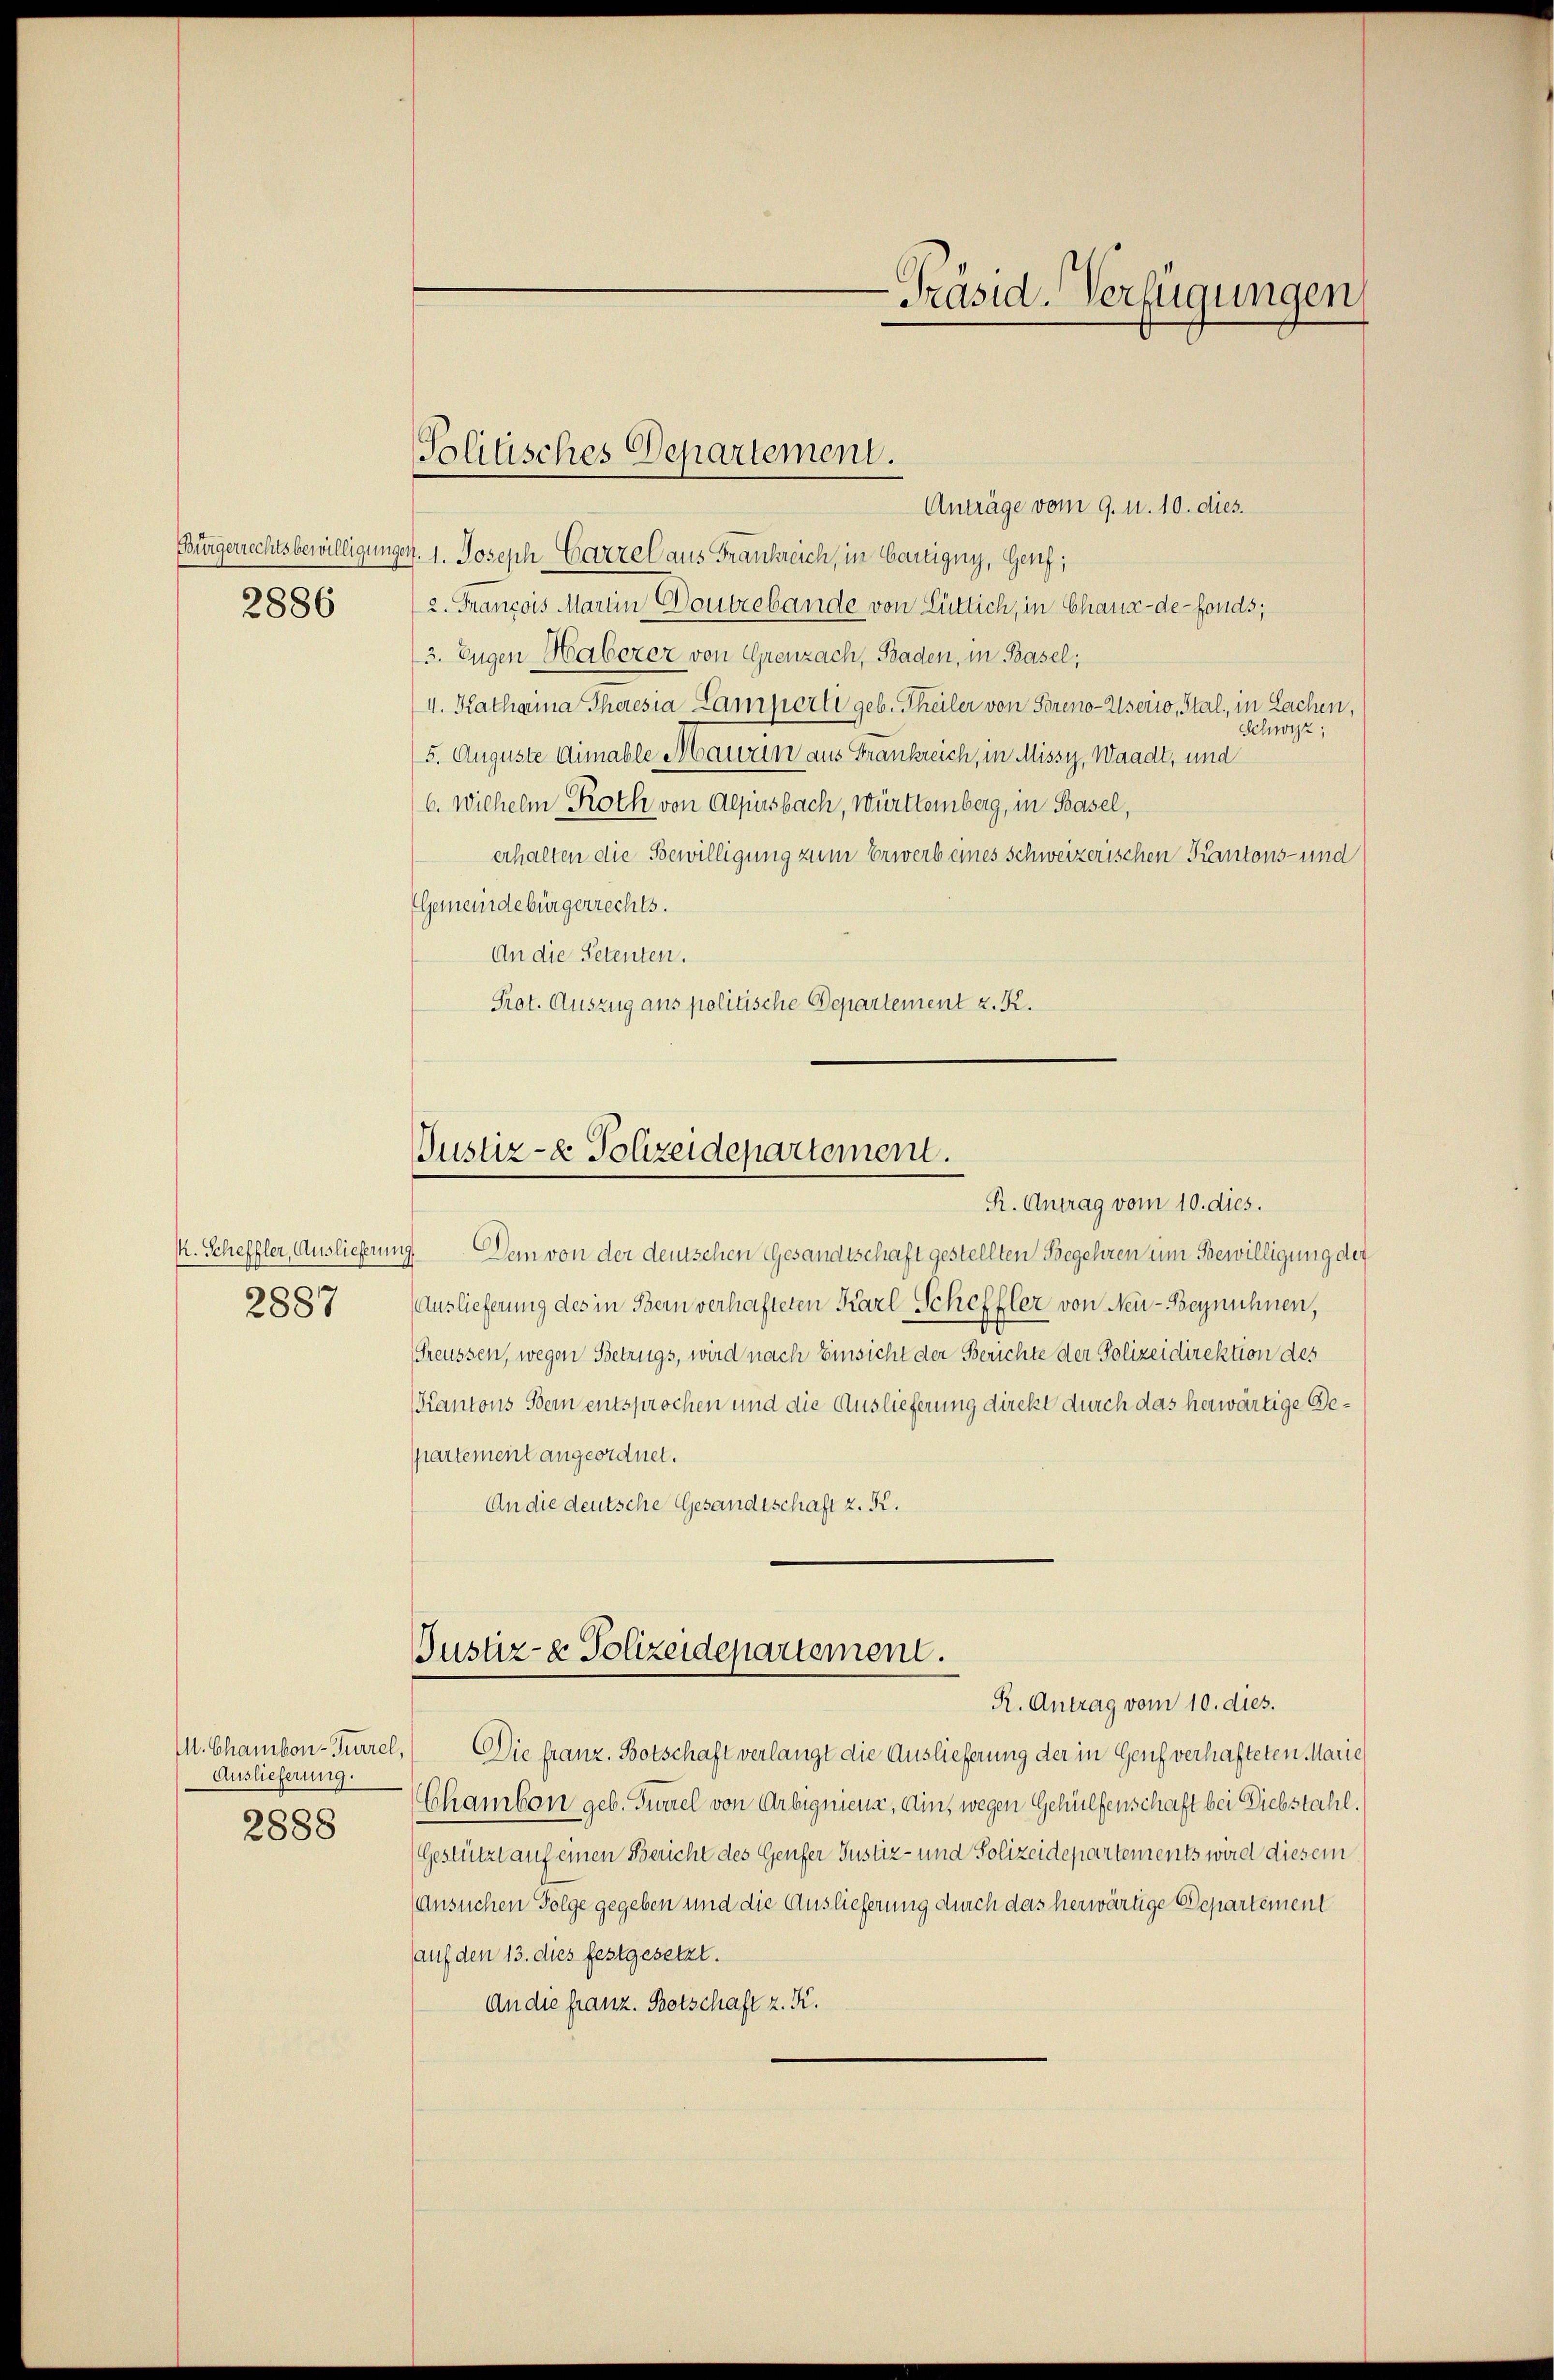
2886

2887

M. Chambon-Turzel,
Auslieferung.
2888

Anträge vom 9. u. 10. dies.
Bürgerrechtsbewilligungen. 1. Joseph Carzel aus Frankreich, in Carigny, Genf;
2. Francois Marien Doubrebande von Lütlich, in Chaux-de-Fonds;
3. Eugen Haberer von Grenzach, Baden, in Basel;
4. Katharina Theresia Lamperti geb. Theiler von Soreno-Userio, Stal, in Lachen,
Schwyz,
5. Auguste Aimable Mauren aus Frankreich, in Missy, Waadt, und
6. Wilhelm Roth von Alpesbach, Württemberg, in Basel,
erhalten die Bewilligung zum Erwerb eines schweizerischen Kantons- und
Gemeindebürgerrechts.
An die Petenten.
Prot. Auszug ans politische Departement z. K.

Politisches Departement.

-Präsid. Verfügungen

Justiz- & Polizeidepartement.
R. Antrag vom 10. dies.

k. Scheffler, Auslieferung. Dem von der deutschen Gesandtschaft gestellten Begehren um Bewilligung der
Auslieferung des in Bern verhafteten Karl Scheffler von Neu-Beynühnen,
Greussen, wegen Betrugs, wird nach Einsicht der Berichte der Polizeidirektion des
Kantons Bern entsprochen und die Auslieferung direkt durch das herwärtige Gepartement angeordnet.
An die deutsche Gesandtschaft z. R.

Justiz- & Polizeidepartement.
R. Antrag vom 10. dies.

Die franz. Botschaft verlangt die Auslieferung der in Genf verhafteten Marie
Chambon geb. Turzel von Arbignienz, ain, wegen Gehülfenschaft bei Diebstahl.
Gestützt auf einen Bericht des Genfer Justiz- und Polizeidepartements wird diesem
Ansuchen Folge gegeben und die Auslieferung durch das herwärtige Departement
auf den 13. dies festgesetzt.
An die franz. Botschaft z. K.